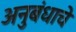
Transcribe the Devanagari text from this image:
अनुबंधाचे